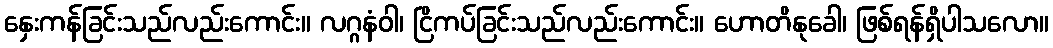
နှေးကန်ခြင်းသည်လည်းကောင်း။ လဂ္ဂနံဝါ၊ ငြိကပ်ခြင်းသည်လည်းကောင်း။ ဟောတိနုခေါ၊ ဖြစ်ရန်ရှိပါသလော။